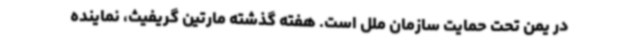
در یمن تحت حمایت سازمان ملل است. هفته گذشته مارتین گریفیث، نماینده